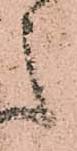
之